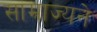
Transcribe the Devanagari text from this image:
साम्राज्यने